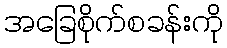
အခြေစိုက်စခန်းကို